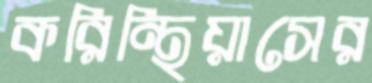
করিন্থিয়াসের